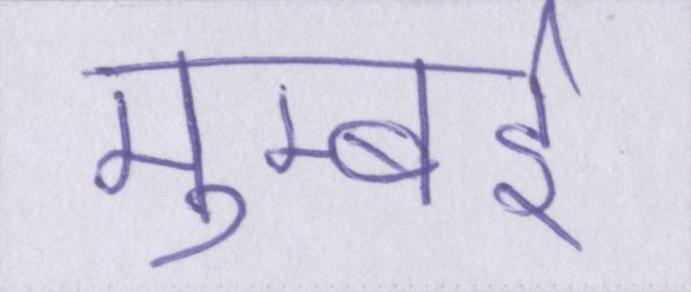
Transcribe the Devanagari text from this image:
मुम्बई